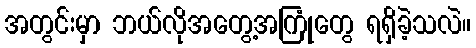
အတွင်းမှာ ဘယ်လိုအတွေ့အကြုံတွေ ရရှိခဲ့သလဲ။